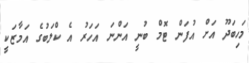
މަހިބަދޫ އަށް އުފަން ޓޮމް ބުނީ އަންނަ އަހަރު އެ ކްލަބުގެ އަމާޒަކީ